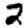
Digit: 2